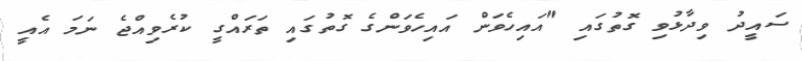
ސައީދު ވިދާޅުވި ގޮތުގައި "އައިހެވަން އައިހެވަންގެ ގޮތުގައި ތަރައްގީ ކުރެވިއްޖެ ނަމަ އެއީ